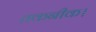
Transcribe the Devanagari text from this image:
तकनीक।